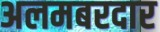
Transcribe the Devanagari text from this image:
अलमबरदार